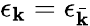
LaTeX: \epsilon_{\mathbf{k}}=\epsilon_{\bar{{\mathbf{k}}}}